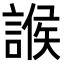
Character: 𧩨